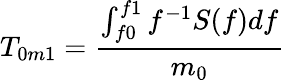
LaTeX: T_{0m1}=\frac{\int_{f0}^{f1}f^{-1}S(f)df}{m_{0}}